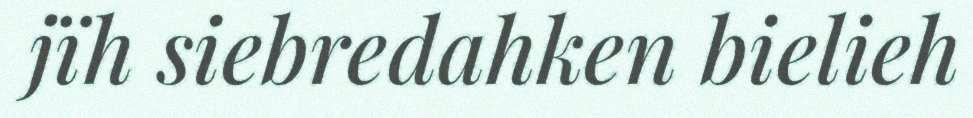
jïh siebredahken bielieh